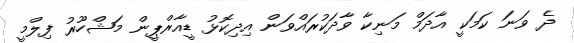
ދެ ވަނަ ކަމަކީ އާދަމް މަނިކާ ވާދަކުރައްވަން އިދިކޮޅު ޑީއާރްޕީން މަޝްހޫރު ފިލްމީ